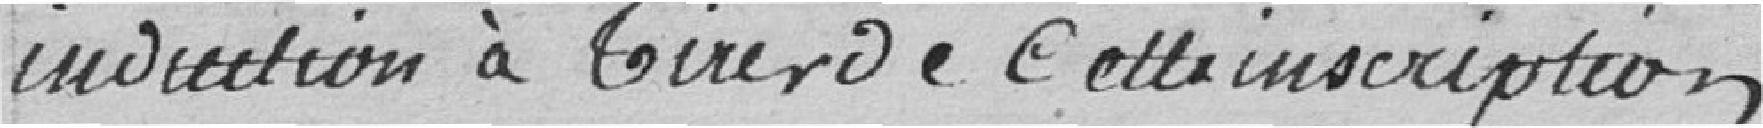
induction à tirer de cette inscription.